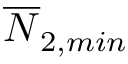
\overline { { N } } _ { 2 , m i n }